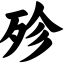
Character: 殄